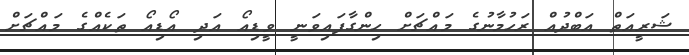
ޝަރީއަތް އަބްދުއް ރަހުމާނުގެ މައްޗަށް ހިންގާފައިވަނީ ވީޑިއޯ އަދި އޯޑިއޯ ތަކެއްގެ މައްޗަށް